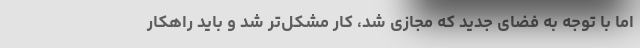
اما با توجه به فضای جدید که مجازی شد، کار مشکل‌تر شد و باید راهکار